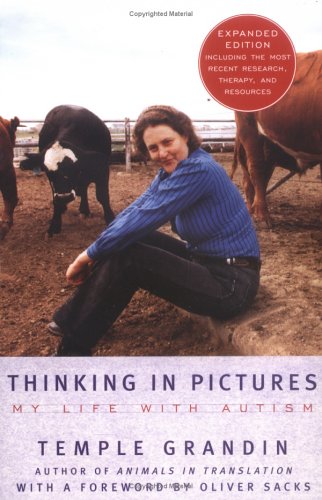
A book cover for Thinking in Pictures, Expanded Edition: My Life with Autism; Temple Grandin; Health, Fitness & Dieting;